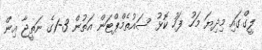
ލީގްގައި މިދިޔަ މަހު ފަހު ކޮޅު ސައުތެމްޕްޓަން އަތުން 3-1ގެ ނަތީޖާ އިން